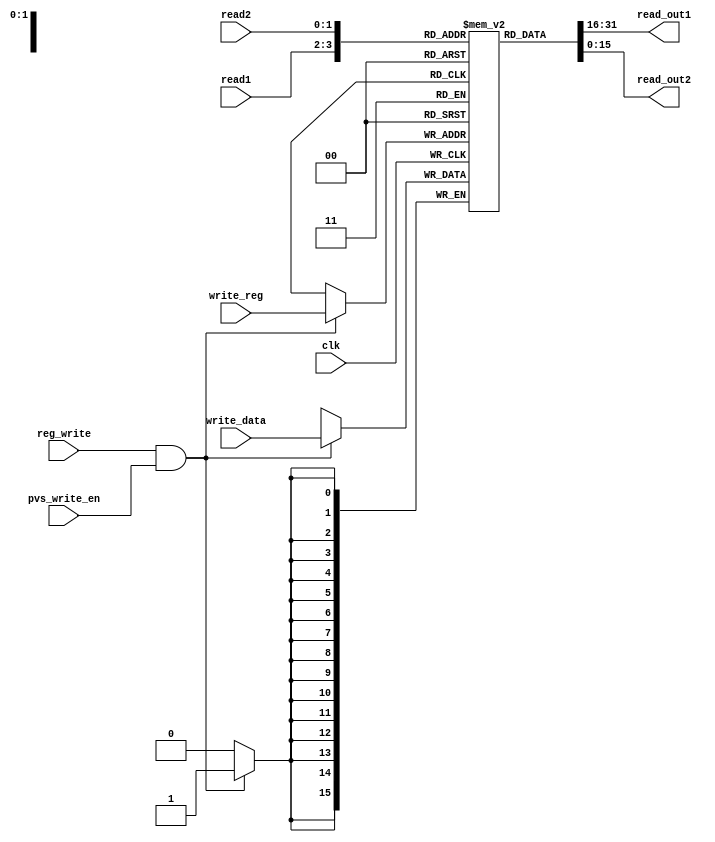
module register_file(read1, read2, write_reg, write_data, reg_write, read_out1, read_out2, clk, pvs_write_en); 
    output [15:0] read_out1;
    output [15:0] read_out2;
    input [1:0] read1;
    input [1:0] read2;
    input [1:0] write_reg;
    input [15:0] write_data;
    input clk;
    input reg_write;
    input pvs_write_en;

    reg [15:0] registers [3:0];

    //Read
    assign read_out1 = registers[read1];
    assign read_out2 = registers[read2];
    
    //Init
    initial begin
        registers[0] <= 16'h0;
        registers[1] <= 16'h0;
        registers[2] <= 16'h0;
        registers[3] <= 16'h0;
    end

    //Write
    always @(posedge clk) begin

    	if(reg_write && pvs_write_en) begin
    		registers[write_reg] <= write_data;
    	end
    end
endmodule